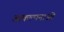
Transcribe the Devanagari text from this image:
आकल्पनाओं